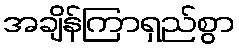
အချိန်ကြာရှည်စွာ